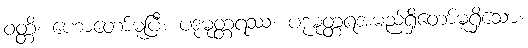
ဝတ္တိ၊ ဟောတော်မူပြီ။ ပဒုမုတ္တရဿ၊ ပဒုမုတ္တရအမည်ရှိတော်မူရှိသော။